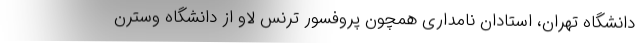
دانشگاه تهران، استادان نامداری همچون پروفسور ترنس لاو از دانشگاه وسترن